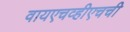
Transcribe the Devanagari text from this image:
वायएचव्हीएचची